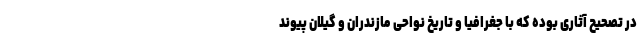
در تصحیح آثاری بوده که با جغرافیا و تاریخ نواحی مازندران و گیلان پیوند